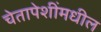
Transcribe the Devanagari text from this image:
चेतापेशींमधील